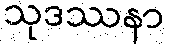
သုဒဿနာ